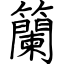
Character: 籣